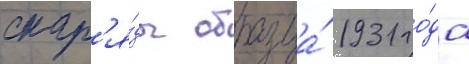
снар'я́ды образца́ 1931 го́да